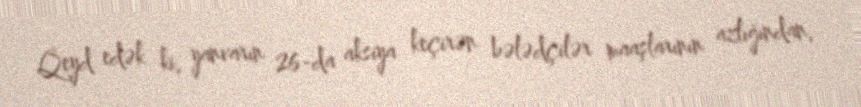
Qeyd edək ki, yanvarın 26-da aksiya keçirən bələdçilər maaşlarının azlığından,